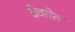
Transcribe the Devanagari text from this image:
देवतेत